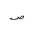
Letter: _sad